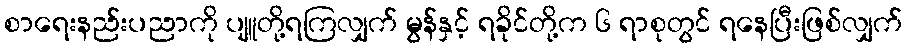
စာရေးနည်းပညာကို ပျူတို့ရကြလျှက် မွန်နှင့် ရခိုင်တို့က ၆ ရာစုတွင် ရနေပြီးဖြစ်လျှက်